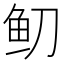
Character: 鱽